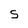
Character: S